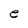
Character: e